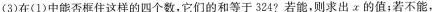
(3)在(1)中能否框住这样的四个数，它们的和等于324?若能，则求出α的值；若不能，